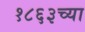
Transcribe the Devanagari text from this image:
१८६३च्या